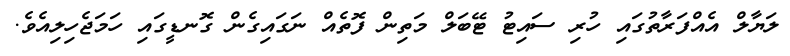
ލަޔާލް އެއްފަރާތުގައި ހުރި ސައިޓު ޓޭބަލް މަތިން ފޮތެއް ނަގައިގެން ގޮނޑީގައި ހަމަޖެހިލިއެވެ.